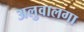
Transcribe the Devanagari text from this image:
अलुवालगा